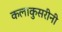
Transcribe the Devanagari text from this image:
कलाकुसरीनी